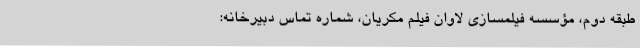
طبقه دوم، مؤسسه فیلمسازی لاوان فیلم مکریان، شماره تماس دبیرخانه: